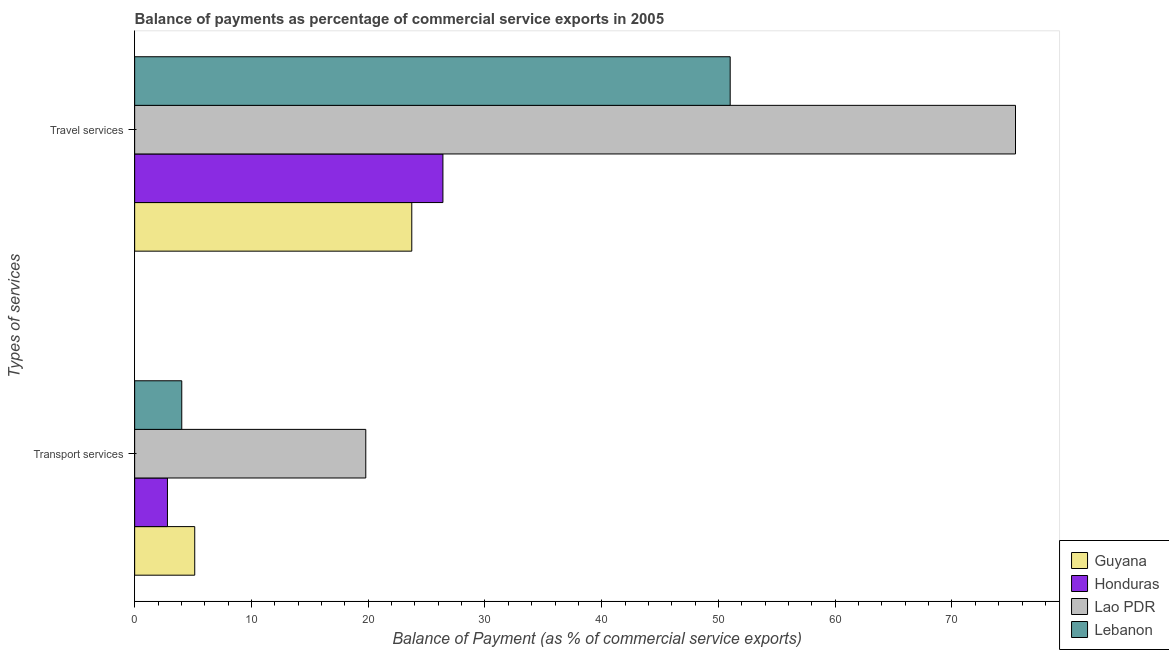
| Types of services | Guyana | Honduras | Lao PDR | Lebanon |
 | --- | --- | --- | --- | --- |
 | Transport services | 5.15 | 2.81 | 19.8 | 4.04 |
 | Travel services | 23.7 | 26.4 | 75.4 | 51 |